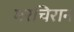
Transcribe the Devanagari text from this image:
मरचिरान